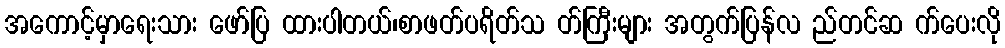
အကောင့်မှာရေးသား ဖော်ပြ ထားပါတယ်၊စာဖတ်ပရိတ်သ တ်ကြီးများ အတွက်ပြန်လ ည်တင်ဆ က်ပေးလို